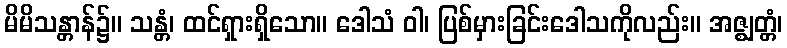
မိမိသန္တာန်၌။ သန္တံ၊ ထင်ရှားရှိသော။ ဒေါသံ ဝါ၊ ပြစ်မှားခြင်းဒေါသကိုလည်း။ အဇ္ဈတ္တံ၊